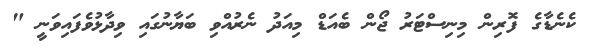
ކެނެޑާގެ ފޮރިން މިނިސްޓަރު ޖޯން ބެއަޑް މިއަދު ނެރުއްވި ބަޔާނުގައި ވިދާޅުވެފައިވަނީ "